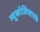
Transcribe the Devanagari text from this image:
म्यूकोलिक्टसके